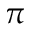
\pi